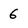
Character: 6